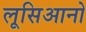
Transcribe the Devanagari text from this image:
लूसिआनो